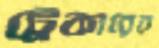
ট্রেকারের